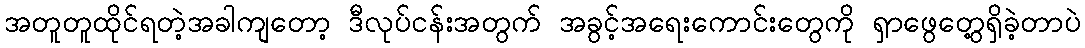
အတူတူထိုင်ရတဲ့အခါကျတော့ ဒီလုပ်ငန်းအတွက် အခွင့်အရေးကောင်းတွေကို ရှာဖွေတွေ့ရှိခဲ့တာပဲ